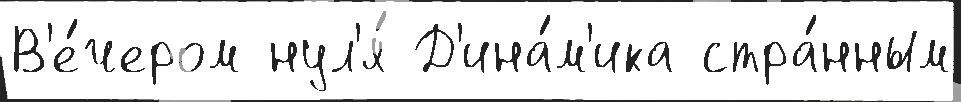
В'е́чером нул'я́ Д'ина́м'ика стра́нным